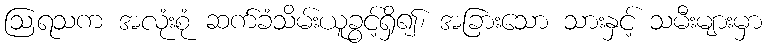
ဩရသက အလုံးစုံ ဆက်ခံသိမ်းယူခွင့်ရှိ၍၊ အခြားသော သားနှင့် သမီးများမှာ